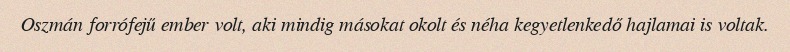
Oszmán forrófejű ember volt, aki mindig másokat okolt és néha kegyetlenkedő hajlamai is voltak.